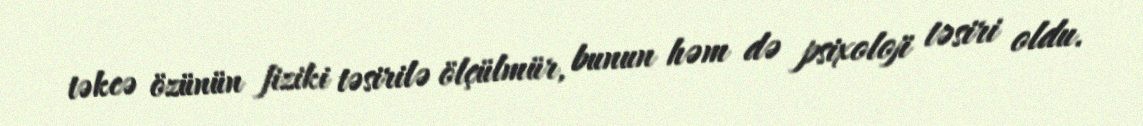
təkcə özünün fiziki təsirilə ölçülmür, bunun həm də psixoloji təsiri oldu.